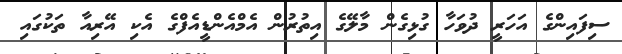
ސިފައިންގެ އަހަރީ ދުވަހާ ގުޅިގެން މާލޭގެ އިތުރުން އެމްއެންޑީއެފްގެ އެކި އޭރިއާ ތަކުގައި